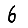
Digit: 6